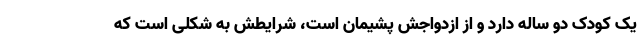
یک کودک دو ساله دارد و از ازدواجش پشیمان است، شرایطش به شکلی است که